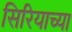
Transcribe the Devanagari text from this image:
सिरियाच्या